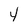
Character: 4